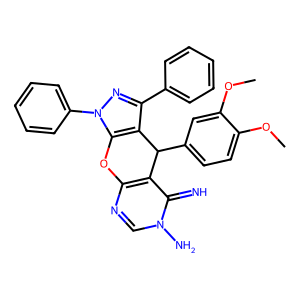
SMILES: COc1ccc(C2c3c(-c4ccccc4)nn(-c4ccccc4)c3Oc3ncn(N)c(=N)c32)cc1OC
Inhibits HIV replication: No